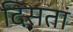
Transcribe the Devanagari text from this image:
दिसतां